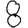
Digit: 8